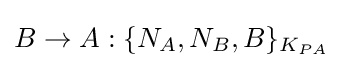
B\rightarrow A:\{N_{A},N_{B},B\}_{K_{PA}}